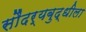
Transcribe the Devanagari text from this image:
सौंदर्यबुद्धीला